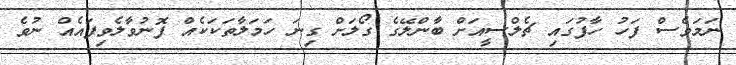
ނަމަވެސް ފަހު ހާފުގައި ޗެލްސީއަށް ބާންލޭގެ ގޯލަށް ގިނަ ހަމަލާތަކަކެއް ފޮނުވާލެވިފައެއް ނުވެ